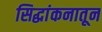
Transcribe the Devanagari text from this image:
सिद्धांकनातून